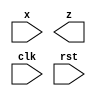
module seqdet (
    x,z,clk,rst
);
input x,clk,rst;
output z;
reg [2:0] state;

endmodule